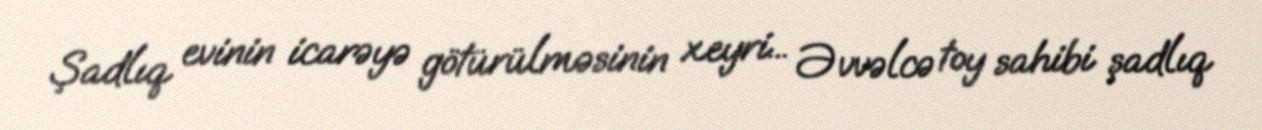
Şadlıq evinin icarəyə götürülməsinin xeyri... Əvvəlcə toy sahibi şadlıq